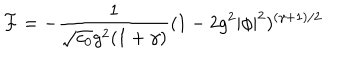
{ \cal F } = - { \frac { 1 } { \sqrt { c _ { 0 } } g ^ { 2 } ( 1 + \gamma ) } } ( 1 - 2 g ^ { 2 } | \phi | ^ { 2 } ) ^ { ( \gamma + 1 ) / 2 }